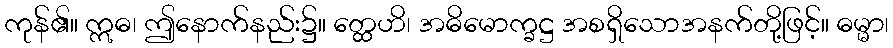
ကုန်၏။ ဣဓ၊ ဤနောက်နည်း၌။ တ္ထေဟိ၊ အဓိမောက္ခဋ္ဌ အစရှိသောအနက်တို့ဖြင့်။ ဓမ္မာ၊